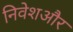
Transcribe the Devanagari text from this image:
निवेशऔर